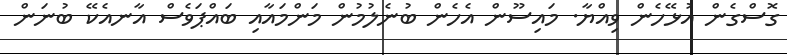
ގޮސްގެން އުޅޭހެން ވިއްޔާ. މައިސޫން އެހެން ބުނެލުމުން މަންމައާއި ބައްޕަވެސް އާނއެކޭ ބުނަން